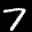
Label: 7